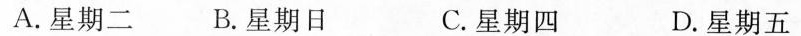
A.星期二 B.星期日 C.星期四 D.星期五